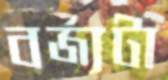
বর্জ্যটা